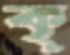
কৃ